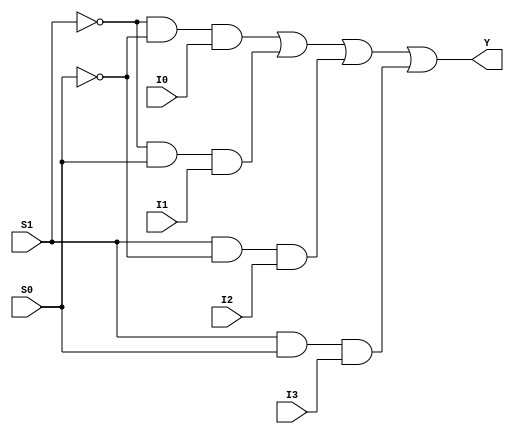
// This program was cloned from: https://github.com/aryanmahawar205/ModelSim-IntelFPGA
// License: GNU General Public License v3.0

//Structural Modelling for 4:1 Mux

module mux_4_to_1_str(Y, I0, I1, I2, I3, S1, S0);
output Y; input I0, I1, I2, I3; input S1, S0;
wire y1, y2, y3, y4, y5, y6;
not g1(y1, S1); not g2(y2, S0);
and g3(y3, y1, y2, I0);
and g4(y4, y1, S0, I1);
and g5(y5, S1, y2, I2);
and g6(y6, S1, S0, I3);
or g7(Y, y3, y4, y5, y6);
endmodule